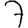
Digit: 7